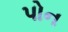
પોન